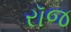
રૉજ